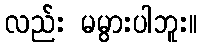
လည်း မမွားပါဘူး။